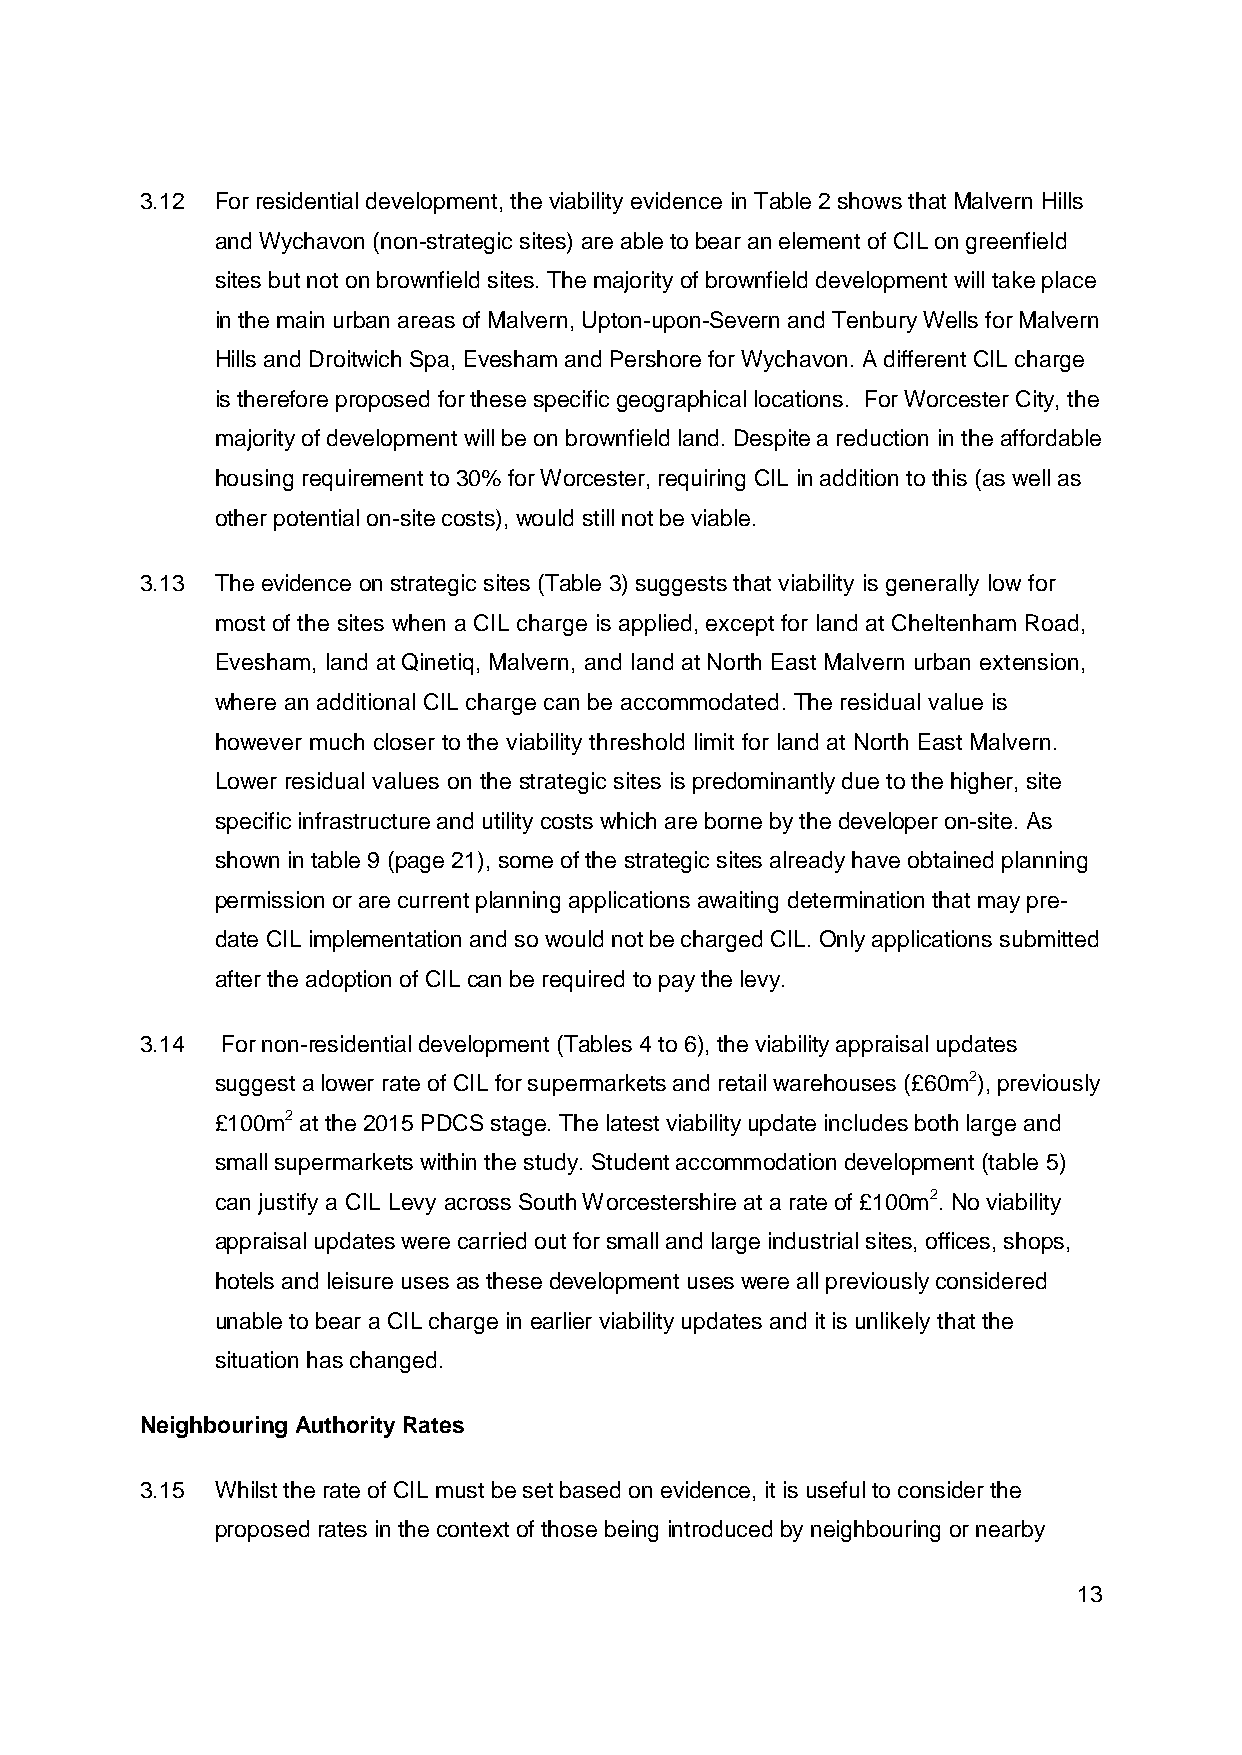
3.12 For residential development, the viability evidence in Table 2 shows that Malvern Hills
 and Wychavon (non-strategic sites) are able to bear an element of CIL on greenfield
 sites but not on brownfield sites. The majority of brownfield development will take place
 in the main urban areas of Malvern, Upton-upon-Severn and Tenbury Wells for Malvern
 Hills and Droitwich Spa, Evesham and Pershore for Wychavon. A different CIL charge
 is therefore proposed for these specific geographical locations. For Worcester City, the
 majority of development will be on brownfield land. Despite a reduction in the affordable
 housing requirement to 30% for Worcester, requiring CIL in addition to this (as well as
 other potential on-site costs), would still not be viable.
 3.13 The evidence on strategic sites (Table 3) suggests that viability is generally low for
 most of the sites when a CIL charge is applied, except for land at Cheltenham Road,
 Evesham, land at Qinetiq, Malvern, and land at North East Malvern urban extension,
 where an additional CIL charge can be accommodated. The residual value is
 however much closer to the viability threshold limit for land at North East Malvern.
 Lower residual values on the strategic sites is predominantly due to the higher, site
 specific infrastructure and utility costs which are borne by the developer on-site. As
 shown in table 9 (page 21), some of the strategic sites already have obtained planning
 permission or are current planning applications awaiting determination that may pre-
 date CIL implementation and so would not be charged CIL. Only applications submitted
 after the adoption of CIL can be required to pay the levy.
 3.14  For non-residential development (Tables 4 to 6), the viability appraisal updates
 suggest a lower rate of CIL for supermarkets and retail warehouses (£60m2), previously
 £100m2 at the 2015 PDCS stage. The latest viability update includes both large and
 small supermarkets within the study. Student accommodation development (table 5)
 can justify a CIL Levy across South Worcestershire at a rate of £100m2. No viability
 appraisal updates were carried out for small and large industrial sites, offices, shops,
 hotels and leisure uses as these development uses were all previously considered
 unable to bear a CIL charge in earlier viability updates and it is unlikely that the
 situation has changed.
 Neighbouring Authority Rates
 3.15 Whilst the rate of CIL must be set based on evidence, it is useful to consider the
 proposed rates in the context of those being introduced by neighbouring or nearby
 13